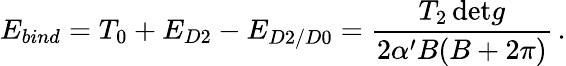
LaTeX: E_{bind}=T_{0}+E_{D2}-E_{D2/D0}=\frac{T_{2}\, \mathrm{det}g}{2\alpha^{\prime}B(B+2\pi)}\, .